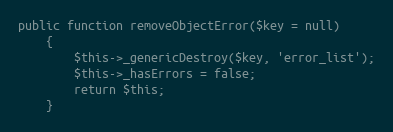
Language: PHP
public function removeObjectError($key = null)
    {
        $this->_genericDestroy($key, 'error_list');
        $this->_hasErrors = false;
        return $this;
    }